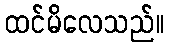
ထင်မိလေသည်။